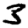
Digit: 3